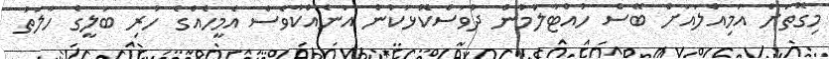
މިގޮތަށް އަމިއްލައަށް ބޭސް ހުއްޓާލުމުން ދުވަސްކޮޅަކުން އަނެއްކާވެސް އެމީހެއްގެ ހުރި ބަލީގެ ހާލަތު